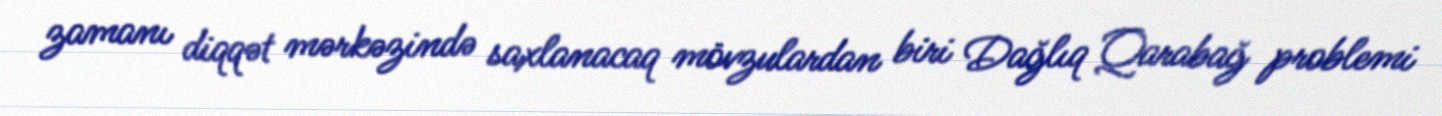
zamanı diqqət mərkəzində saxlanacaq mövzulardan biri Dağlıq Qarabağ problemi